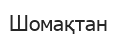
Шомақтан